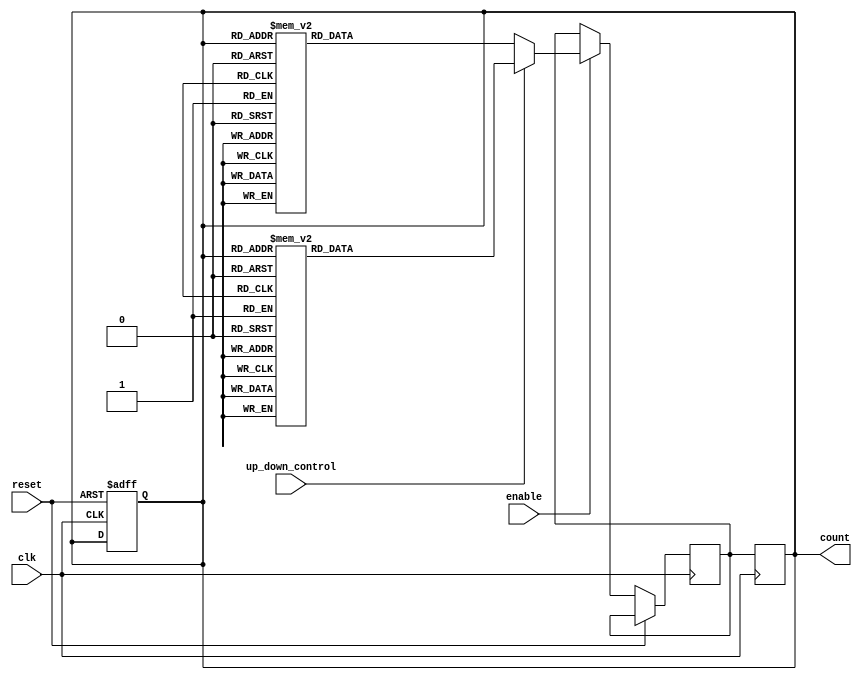
module GrayCounter (
    input wire clk,
    input wire reset,
    input wire enable,
    input wire up_down_control,
    output reg [3:0] count
);

reg [3:0] next_count;

always @(posedge clk or posedge reset) begin
    if (reset) begin
        count <= 4'b0000;
    end else if (enable) begin
        if (up_down_control) begin // Count up
            case (count)
                4'b0000: next_count <= 4'b0001;
                4'b0001: next_count <= 4'b0011;
                4'b0011: next_count <= 4'b0010;
                4'b0010: next_count <= 4'b0110;
                4'b0110: next_count <= 4'b0111;
                4'b0111: next_count <= 4'b0101;
                4'b0101: next_count <= 4'b0100;
                4'b0100: next_count <= 4'b1100;
                4'b1100: next_count <= 4'b1101;
                4'b1101: next_count <= 4'b1111;
                4'b1111: next_count <= 4'b1110;
                4'b1110: next_count <= 4'b1010;
                4'b1010: next_count <= 4'b1011;
                4'b1011: next_count <= 4'b1001;
                4'b1001: next_count <= 4'b1000;
                4'b1000: next_count <= 4'b0000;
                default: next_count <= 4'b0000;
            endcase
        end else begin // Count down
            case (count)
                4'b0000: next_count <= 4'b1000;
                4'b1000: next_count <= 4'b1001;
                4'b1001: next_count <= 4'b1011;
                4'b1011: next_count <= 4'b1010;
                4'b1010: next_count <= 4'b1110;
                4'b1110: next_count <= 4'b1111;
                4'b1111: next_count <= 4'b1101;
                4'b1101: next_count <= 4'b1100;
                4'b1100: next_count <= 4'b0100;
                4'b0100: next_count <= 4'b0101;
                4'b0101: next_count <= 4'b0111;
                4'b0111: next_count <= 4'b0110;
                4'b0110: next_count <= 4'b0010;
                4'b0010: next_count <= 4'b0011;
                4'b0011: next_count <= 4'b0001;
                4'b0001: next_count <= 4'b0000;
                default: next_count <= 4'b0000;
            endcase
        end
    end
end

always @(posedge clk) begin
    count <= next_count;
end

endmodule